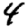
Digit: 4